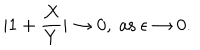
LaTeX: | 1 + { \frac { X } { Y } } | \to 0 , \ \mathrm { a s } \ \epsilon \to 0 .